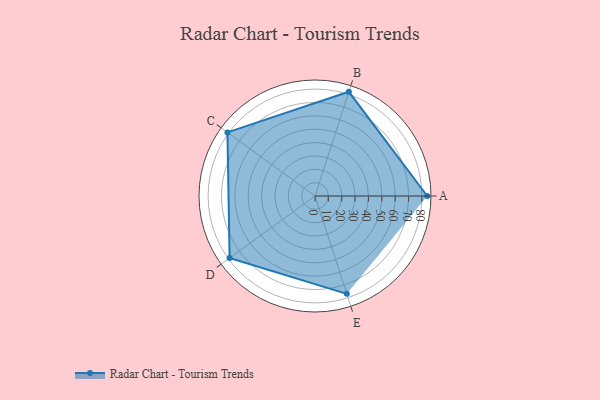
{"axis": {"x": "Skill", "y": "Score"}, "legend": ["Profile"], "data": [{"x": "A", "y": 84.0, "type": "Profile"}, {"x": "B", "y": 82.0, "type": "Profile"}, {"x": "C", "y": 81.0, "type": "Profile"}, {"x": "D", "y": 79.0, "type": "Profile"}, {"x": "E", "y": 77.0, "type": "Profile"}]}